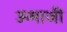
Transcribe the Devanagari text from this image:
ऊमाजी